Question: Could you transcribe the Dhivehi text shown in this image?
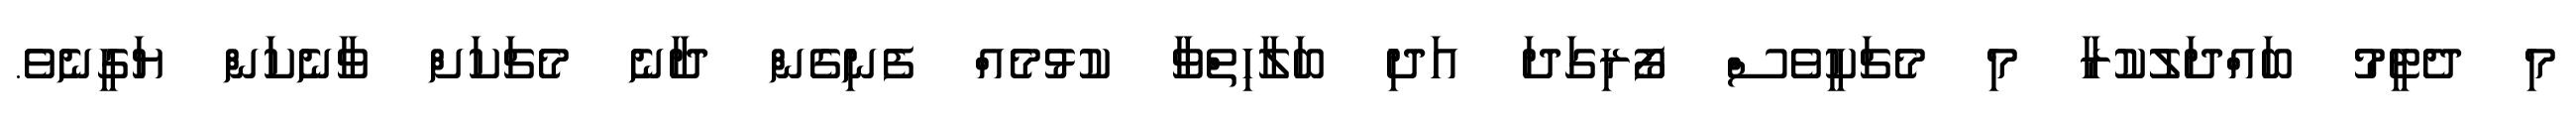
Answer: މި ދެޓީމު ބައްދަލުކުރާ މި މެޗަކީވެސް ފޯރިގަދަ އަދި ބަލާހިތްވާ ކުޅުމެއް ފެނިގެން ދާނެ މެޗަކަށް ވާނެކަން ޔަގީނެވެ.